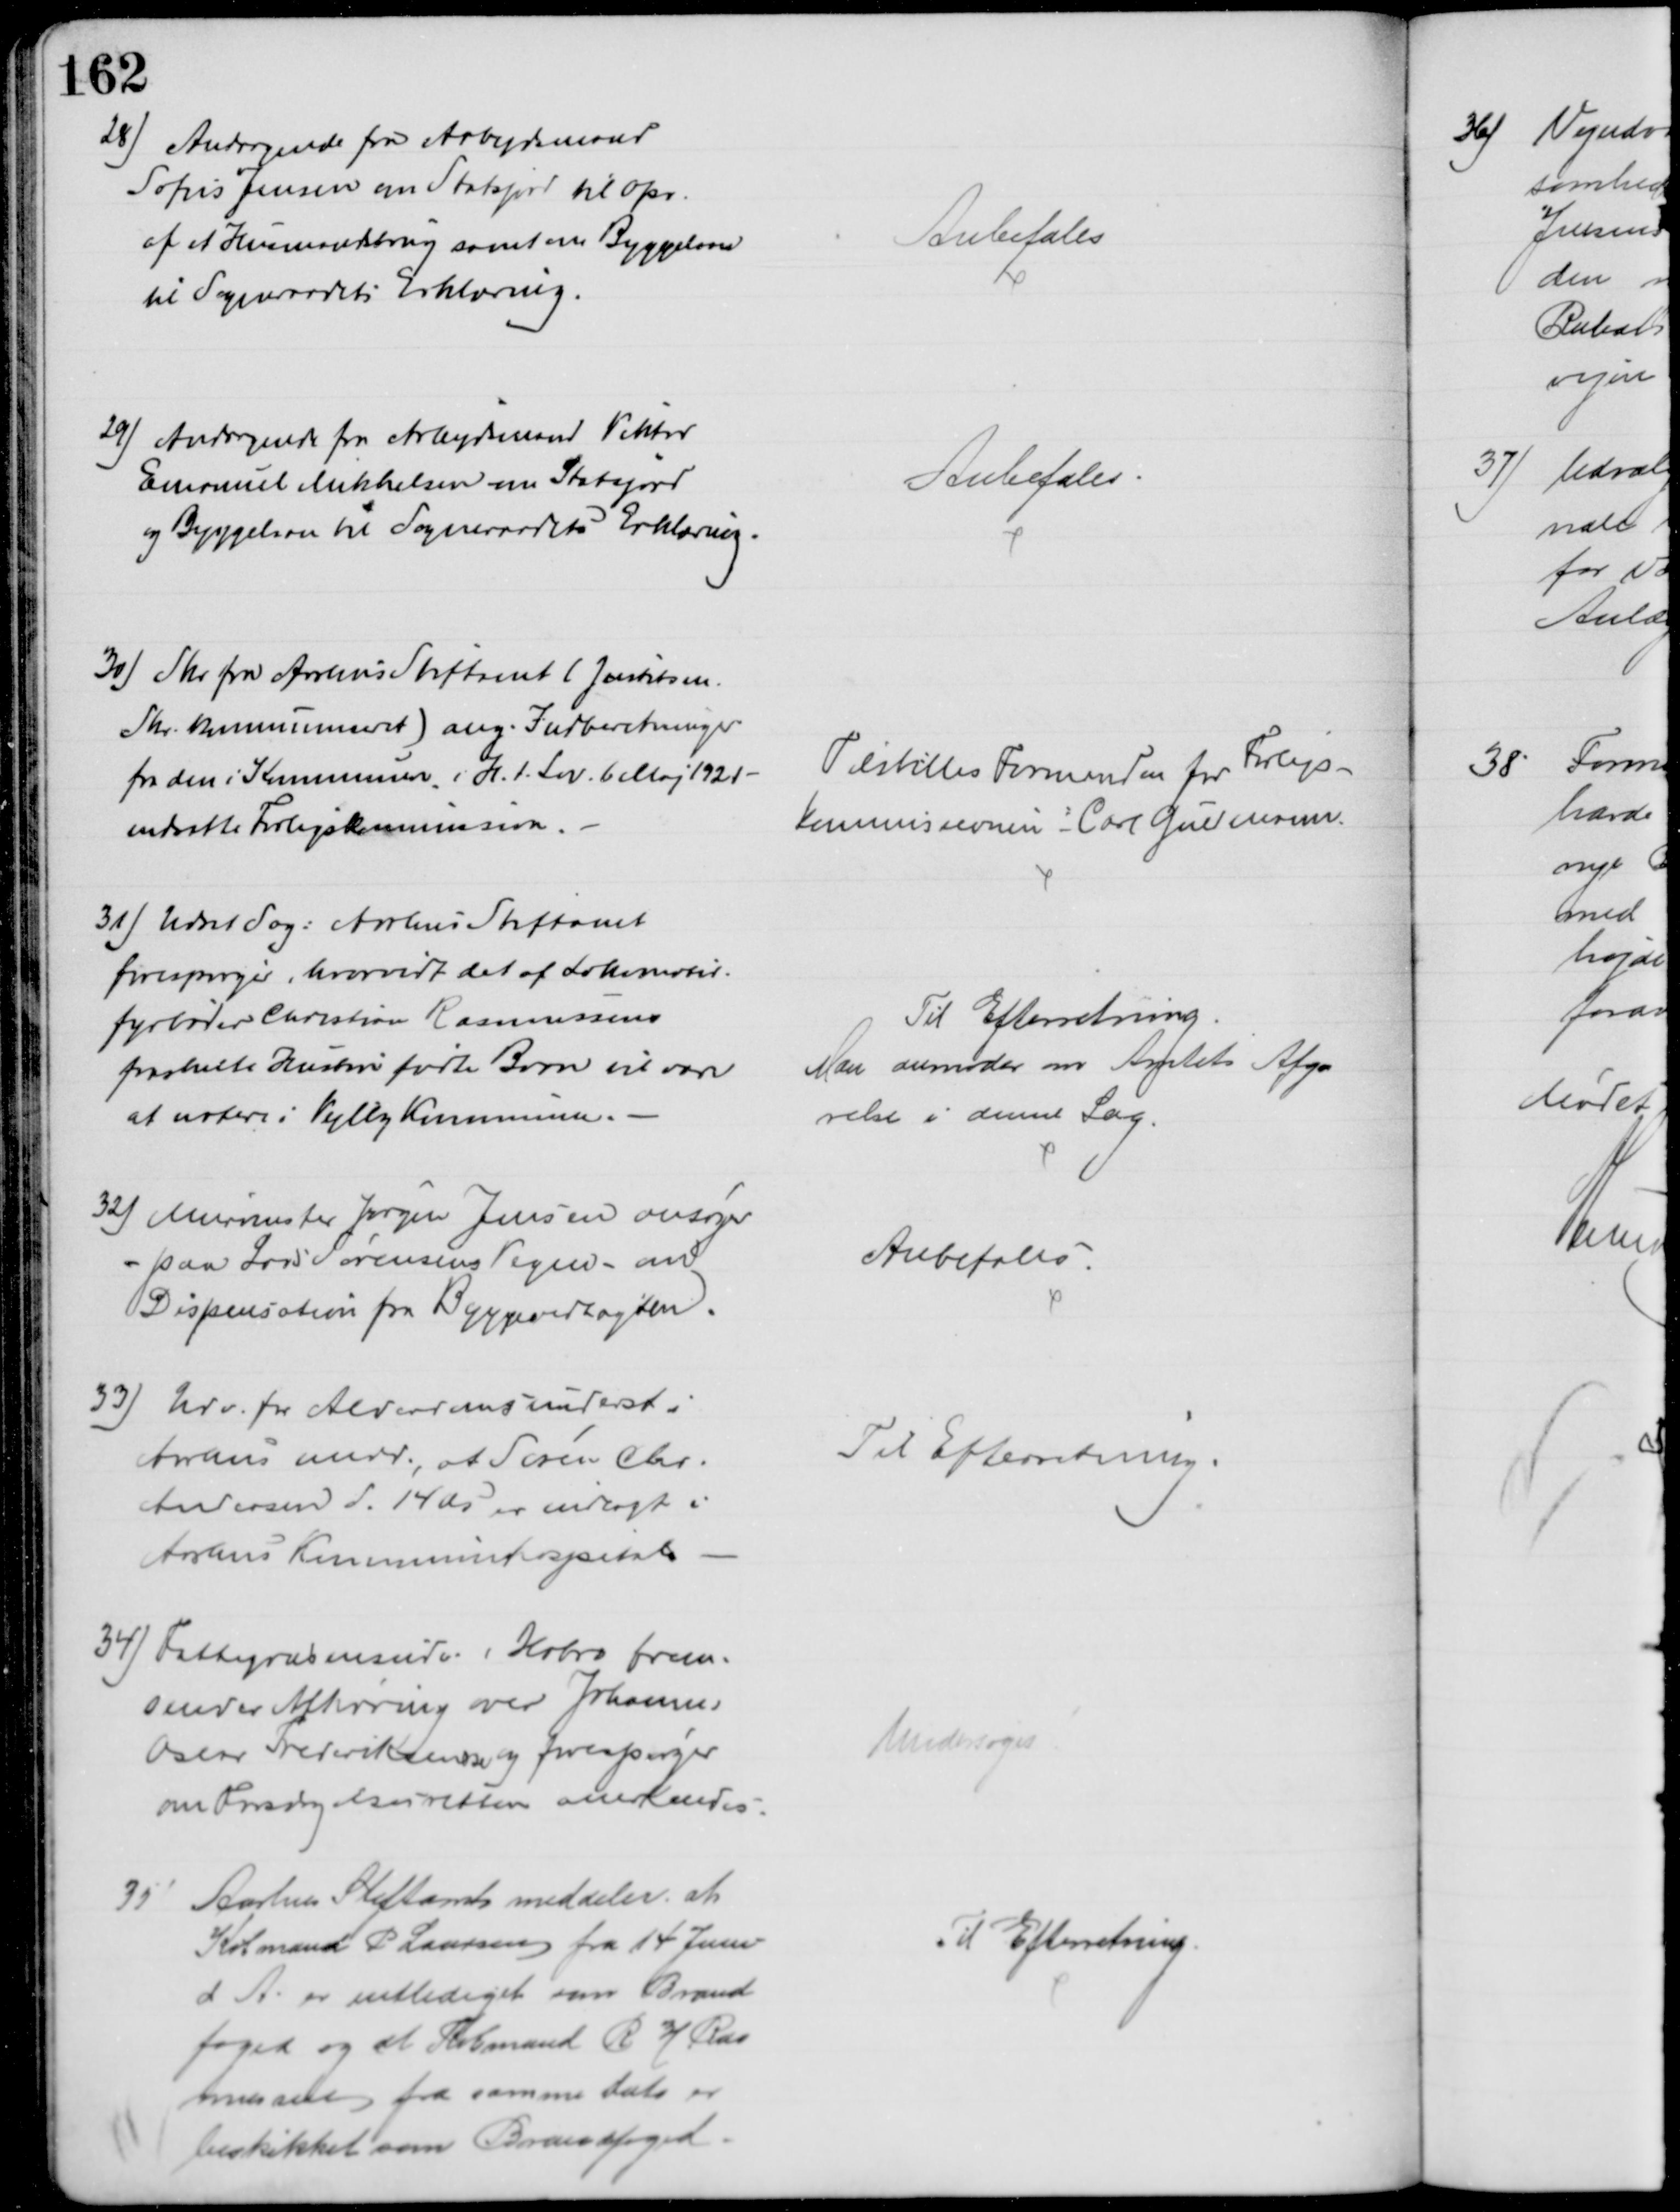
Transskription:
28) Andragende fra Arbejdsmand
Sofus Jensen om Statsjord til Opr. 
af et Husmandsbrug samt om Byggelaan
til Sogneraadets Erklæring.
Anbefales
29) Andragende fra Arbejdsmand Viktor
Emanuel Mikkelsen om Statsjord
og Byggelaan til Sogneraadets Erklæring.
Anbefales
30) Skr. fra Aarhus Stiftamt (Justitsm.
Skr. kommuniceret) ang. Indberetninger
fra den i Kommunen i H. t. Lov. 6 Maj 1921
nedsatte Forligskommission.
Tilstilles Formanden for Forligs-
kommissionen: Carl Guldmann.
31) Udsat Sag: Aarhus Stiftamt
forespørger, hvorvidt det af Lokomotiv-
fyrbøder Christian Rasmussens
fraskilte Hustru fødte Barn vil være
at notere i Vejlby Kommune.
Til Efterretning
Man anmoder om Amtets Afgø
relse i denne Sag.
32) Murmester Jørgen Jensen ansøger
paa Lars Sørensens Vegne - om
Dispensation fra Byggevedtægten
Anbefales
33)
Udv. for Alderdomsunderst. i
Aarhus medd., at Søren Chr. 
Andersen d. 14 ds er indlagt i
Aarhus Kommunehospital
Til Efterretning.
34) Fattigvæsensudv. i Hobro frem-
sender Afhøring over Johannes
Oscar Frederiksmose og forespørger
om Forsørgelsesretten anerkendes
Undersøges
35) Aarhus Stiftamt meddeler at 
Købmand P Laursen fra 14 Juni
d A. er entlediget som Brand
foged og at Købmand R H Ras
mussen fra samme dato er
beskikket som Brandfoged
Til Efterretning